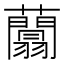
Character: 𧄱